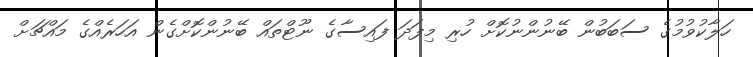
ހަލާކުވުމުގެ ސަބަބުން ބޭނުންނުކޮށް ހުރި މިފަދަ ފައިސާގެ ނޫޓްތައް ބޭނުންކޮށްގެން އަހަރެއްގެ މައްޗަށް